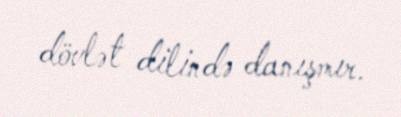
dövlət dilində danışmır.